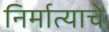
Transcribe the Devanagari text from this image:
निर्मात्याचे